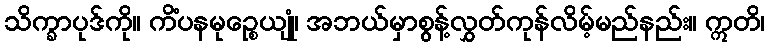
သိက္ခာပုဒ်ကို။ ကိံပနမုဉ္စေယျုံ၊ အဘယ်မှာစွန့်လွှတ်ကုန်လိမ့်မည်နည်း။ ဣတိ၊